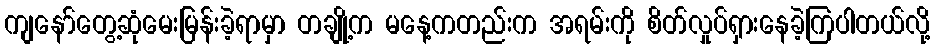
ကျနော်တွေ့ဆုံမေးမြန်းခဲ့ရာမှာ တချို့က မနေ့ကတည်းက အရမ်းကို စိတ်လှုပ်ရှားနေခဲ့ကြပါတယ်လို့